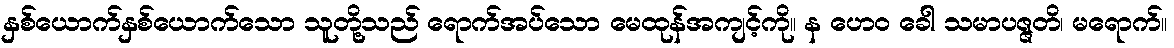
နှစ်ယောက်နှစ်ယောက်သော သူတို့သည် ရောက်အပ်သော မေထုန်အကျင့်ကို။ န ဟေဝ ခေါ သမာပဇ္ဇတိ၊ မရောက်။